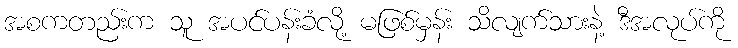
အစကတည်းက သူ အပင်ပန်းခံလို့ မဖြစ်မှန်း သိလျက်သားနဲ့ ဒီအလုပ်ကို